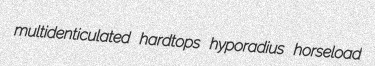
multidenticulated hardtops hyporadius horseload